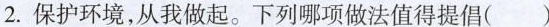
2.保护环境，从我做起。下列哪项做法值得提倡()